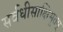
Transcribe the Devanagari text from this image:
सर्वधीसाक्षिभूतम्